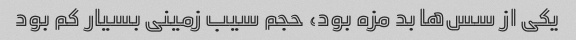
یکی از سس‌ها بد مزه بود، حجم سیب زمینی بسیار کم بود